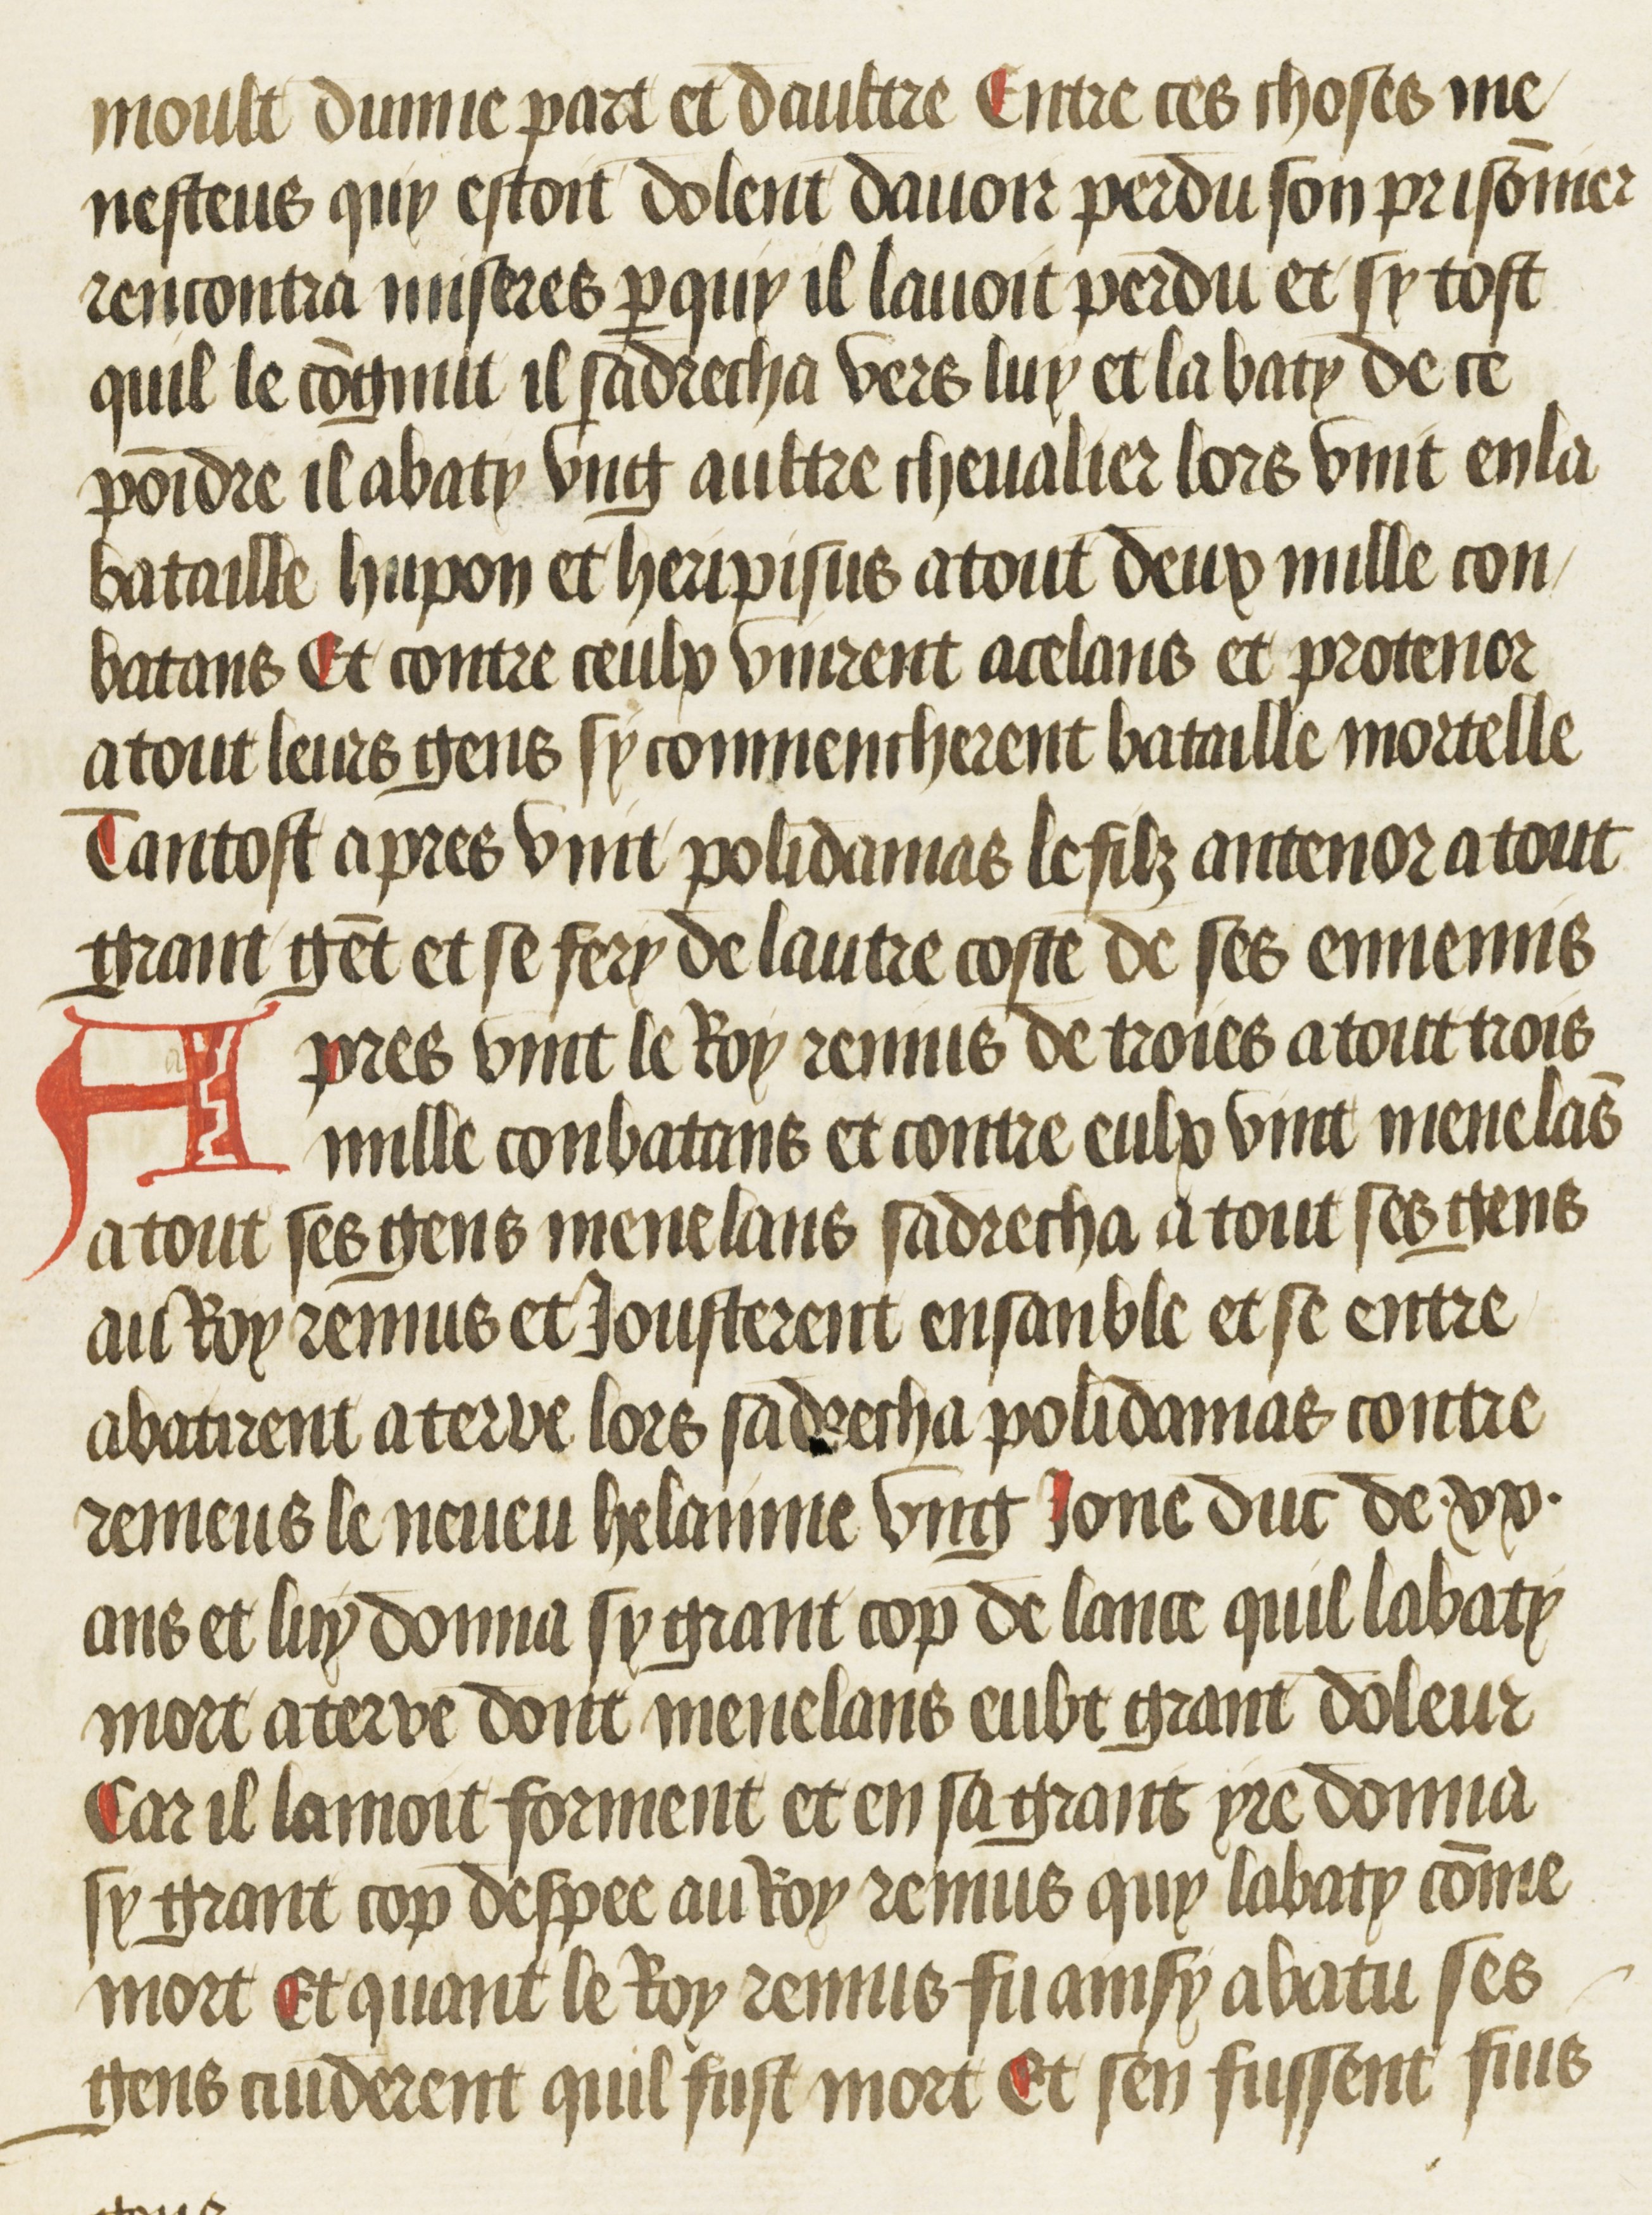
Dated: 1469–1469